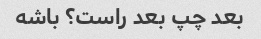
بعد چپ بعد راست؟ باشه